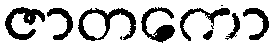
ဇာတကော